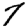
Digit: 7